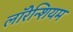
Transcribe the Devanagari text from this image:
लॉरेन्शियम